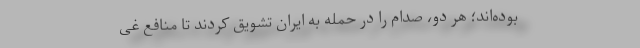
بوده‌اند؛ هر دو، صدام را در حمله به ایران تشویق کردند تا منافع غی